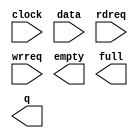
module altbramfifo_w43_d256 (
	clock,
	data,
	rdreq,
	wrreq,
	empty,
	full,
	q);

	input	  clock;
	input	[42:0]  data;
	input	  rdreq;
	input	  wrreq;
	output	  empty;
	output	  full;
	output	[42:0]  q;

endmodule